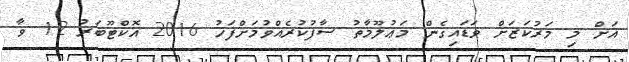
އަށް މި މަރުކަޒަށް ވަޑައިގެން މަޢުލޫމާތު ސާފުކުރެއްވުމަށްފަހު 2016 އޮކްޓޫބަރު 12 ވާ